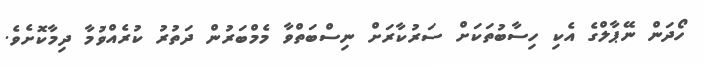
ހޯދަން ނޭޕާލްގެ އެކި ހިސާބުތަކަށް ސަރުކާރަށް ނިސްބަތްވާ މެމްބަރުން ދަތުރު ކުރެއްވުމާ ދިމާކޮށެވެ.